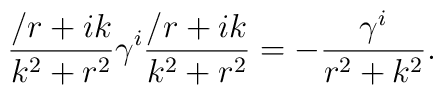
{\slash{r} + ik \over k^2 +r^2}\gamma^i{\slash{r} + ik \over k^2 +r^2} = -{\gamma^i \over r^2 + k^2}.